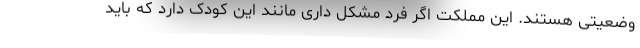
وضعیتی هستند. این مملکت اگر فرد مشکل داری مانند این کودک دارد که باید